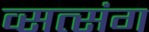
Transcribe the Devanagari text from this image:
व्सत्संग